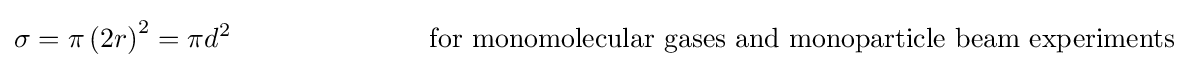
\sigma =\pi \left(2r_{}\right)^{2}=\pi d^{2}\qquad \qquad \qquad \,\quad {\text{for monomolecular gases and monoparticle beam experiments }}